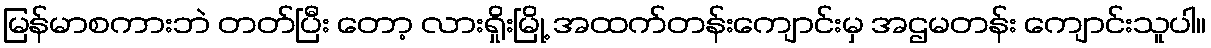
မြန်မာစကားဘဲ တတ်ပြီး တော့ လားရှိုးမြို့ အထက်တန်းကျောင်းမှ အဌမတန်း ကျောင်းသူပါ။